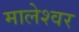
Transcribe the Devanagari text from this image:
मालेश्वर